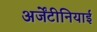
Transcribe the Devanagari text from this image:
अर्जेंटीनियाई